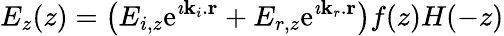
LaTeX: E_{z}(z)=\left(E_{i,z}\mathrm{e}^{\imath{\mathbf{k}_{i}}.{\mathbf{r}}}+E_{r,z}\mathrm{e}^{\imath{\mathbf{k}_{r}}.{\mathbf{r}}}\right)f(z)H(-z)